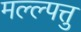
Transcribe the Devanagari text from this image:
मल्ल्पत्तु